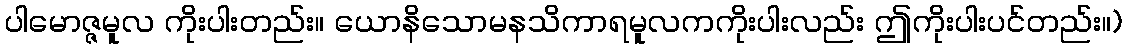
ပါမောဇ္ဇမူလ ကိုးပါးတည်း။ ယောနိသောမနသိကာရမူလကကိုးပါးလည်း ဤကိုးပါးပင်တည်း။)